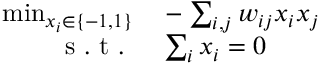
\begin{array} { r l } { \operatorname* { m i n } _ { x _ { i } \in \{ - 1 , 1 \} } } & { { } - \sum _ { i , j } w _ { i j } x _ { i } x _ { j } } \\ { \mathrm { ~ s ~ . ~ t ~ . ~ } } & { { } \sum _ { i } x _ { i } = 0 } \end{array}